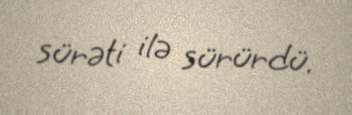
sürəti ilə sürürdü.